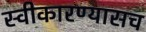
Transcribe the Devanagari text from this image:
स्वीकारण्यासच